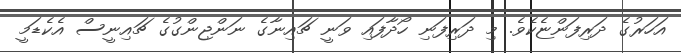
އަހަރުގެ ދަރިފަންޏެކެވެ. މި ދަރިފަނި ހޯދާފައި ވަނީ ޗައިނާގެ ނަންޖިންގުގެ ޗައިނީސް އެކެޑަމީ